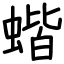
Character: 蝔